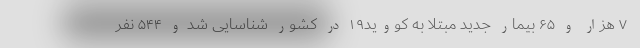
۷ هزار و ۶۵ بیمار جدید مبتلا به کووید۱۹ در کشور شناسایی شد و ۵۴۴ نفر